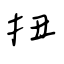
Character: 扭